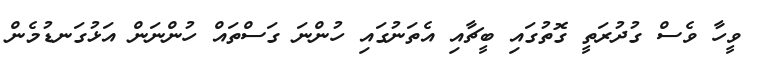
ވީހާ ވެސް ގުދުރަތީ ގޮތުގައި ބީޗާއި އެތަނުގައި ހުންނަ ގަސްތައް ހުންނަން އަޅުގަނޑުމެން